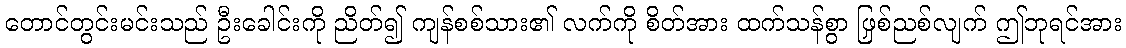
တောင်တွင်းမင်းသည် ဦးခေါင်းကို ညိတ်၍ ကျန်စစ်သား၏ လက်ကို စိတ်အား ထက်သန်စွာ ဖြစ်ညှစ်လျက် ဤဘုရင်အား